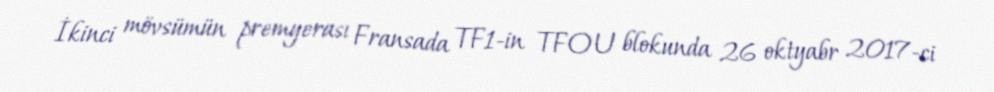
İkinci mövsümün premyerası Fransada TF1-in TFOU blokunda 26 oktyabr 2017-ci